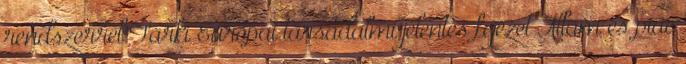
rendszerrel Tárki Európai társadalmi jelentés fejezet Állam és piac